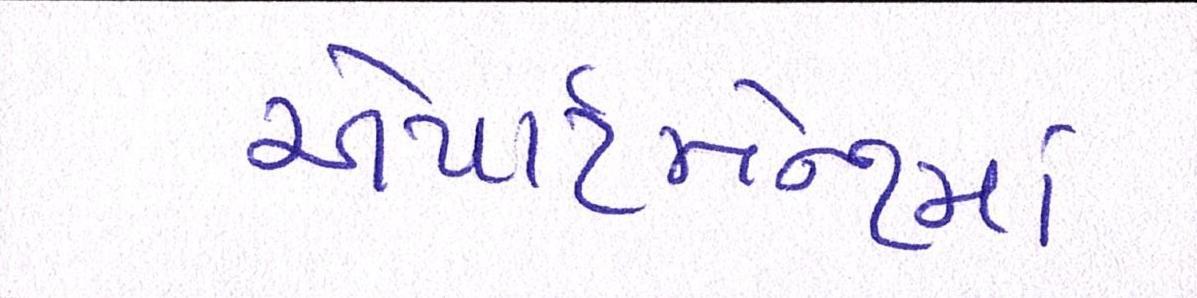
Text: એપાર્ટમેન્ટમાં